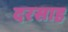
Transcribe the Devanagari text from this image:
दरसाह